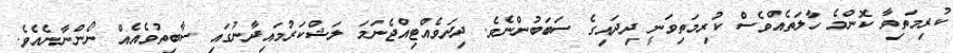
ކުރިމަތިވާ ކޮންމެ ހާލަތެއްވެސް ކުރިމަތިވަނީ ދިދައިގެ ސަބަބުންނެވެ. ދިދަވެއްޓިއްޖެނަމަ ލަޝްކަރުމައިދާނުގައި ސާބިތުވެއެއް ނޯންނާނެއެވެ.